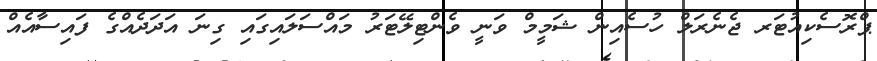
ޕްރޮސެކިއުޓަރ ޖެނެރަލް ހުސެއިން ޝަމީމް ވަނީ ވެންޓިލޭޓަރު މައްސަލައިގައި ގިނަ އަދަދެއްގެ ފައިސާއެއް